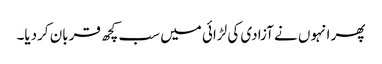
پھر انہوں نے آزادی کی لڑائی میں سب کچھ قربان کردیا۔